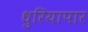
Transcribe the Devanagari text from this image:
धुरियापार